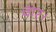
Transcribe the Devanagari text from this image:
वार।